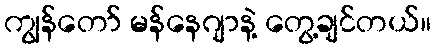
ကျွန်တော် မန်နေဂျာနဲ့ တွေ့ချင်တယ်။